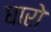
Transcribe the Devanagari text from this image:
घारो